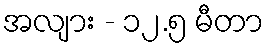
အလျား - ၁၂.၅ မီတာ